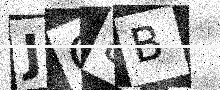
Text: JC8B